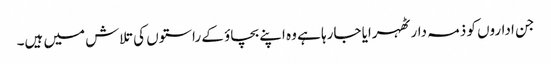
جن اداروں کو ذمہ دار ٹھہرایا جارہا ہے وہ اپنے بچاؤ کے راستوں کی تلاش میں ہیں۔